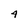
Character: 4